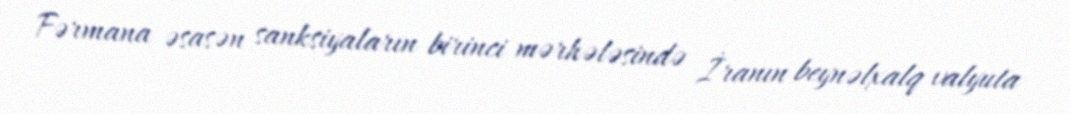
Fərmana əsasən sanksiyaların birinci mərhələsində İranın beynəlxalq valyuta